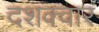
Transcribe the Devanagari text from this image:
दशक्वार